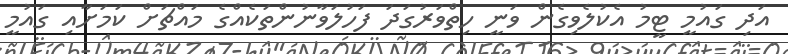
އަދި ގައުމީ ޓީމު އެކުލެވިގެން ވަނީ ހިތްވަރުގަދަ ފަހުލަވާނުންތަކެއްގެ މައްޗަށް ކަމަށާއި ގައުމީ